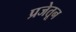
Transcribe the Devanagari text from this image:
प्रजेतून